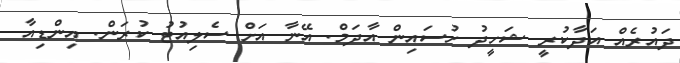
ދައުރެއް އަދާކުރީ ޝަހީދު ހުސައިން އާދަމް. އޭނާ އަށް ސެލިއުޓު ކުރަން. އިންޑިއާ